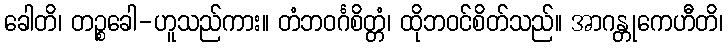
ခေါတိ၊ တဉ္စခေါ-ဟူသည်ကား။ တံဘဝင်္ဂစိတ္တံ၊ ထိုဘဝင်စိတ်သည်။ အာဂန္တုကေဟီတိ၊